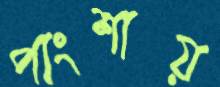
পাংশায়